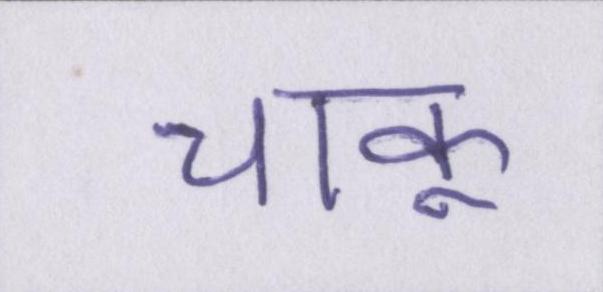
चाकू